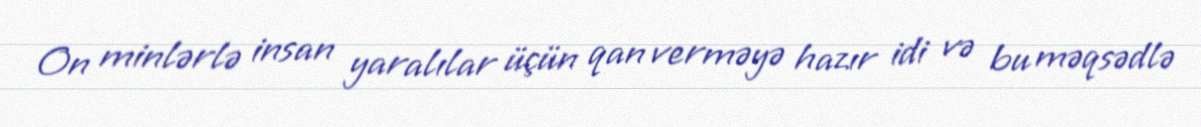
On minlərlə insan yaralılar üçün qan verməyə hazır idi və bu məqsədlə